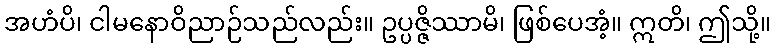
အဟံပိ၊ ငါမနောဝိညာဉ်သည်လည်း။ ဥပ္ပဇ္ဇိဿာမိ၊ ဖြစ်ပေအံ့။ ဣတိ၊ ဤသို့။